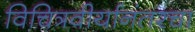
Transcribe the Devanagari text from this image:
विचित्रवीर्यानंतरचा